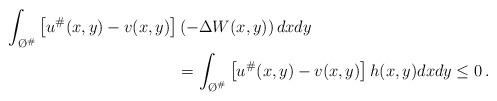
LaTeX: \begin{align*}\int_{\O^\#} \left [u^\#(x,y)-v(x,y)\right ]&\left (-\Delta W(x,y)\right )dxdy\\&=\int_{\O^\#} \left [u^\#(x,y)-v(x,y)\right ]h(x,y)dxdy\le 0\,.\end{align*}